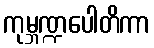
ကုမ္ဘဏ္ဍပေါတိကာ